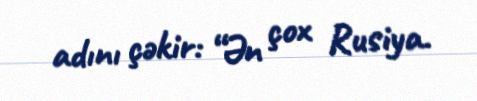
adını çəkir: “Ən çox Rusiya.